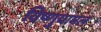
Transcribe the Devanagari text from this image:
विष्णुयामल